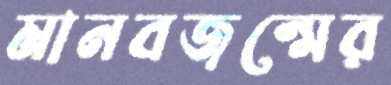
মানবজন্মের